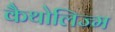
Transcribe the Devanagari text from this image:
कैथोलिज्म